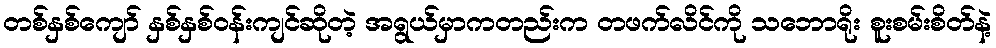
တစ်နှစ်ကျော် နှစ်နှစ်ဝန်းကျင်ဆိုတဲ့ အရွယ်မှာကတည်းက တဖက်လိင်ကို သဘောရိုး စူးစမ်းစိတ်နဲ့